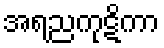
အရညကုဋိကာ